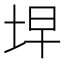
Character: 𭎓